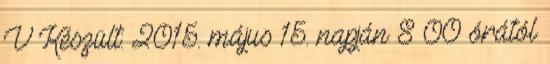
V Készült: 2015. május 15. napján 8 00 órától